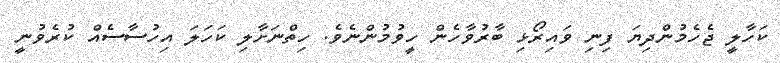
ކަހާލީ ޖެހެމުންދިޔަ ފިނި ވައިރޯޅި ބާރުވާހެން ހީވުމުންނެވެ. ހިތްނަށާލި ކަހަލަ އިހުސާސެއް ކުރެވުނީ